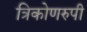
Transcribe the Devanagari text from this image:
त्रिकोणरुपी